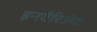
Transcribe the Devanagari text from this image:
इनवैरिअंट